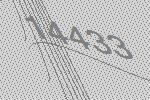
14433